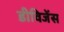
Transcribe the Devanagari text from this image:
डीविजेंस